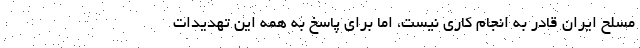
مسلح ایران قادر به انجام کاری نیست، اما برای پاسخ به همه این تهدیدات